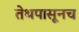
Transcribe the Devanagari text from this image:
तेथपासूनच